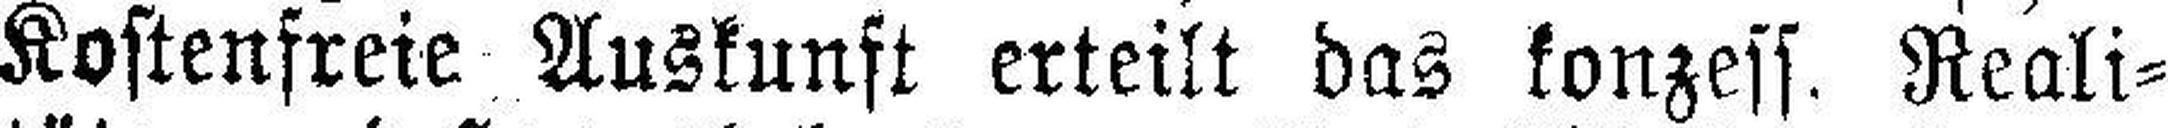
Kostenfreie Auskunft erteilt das konzess. Reali¬